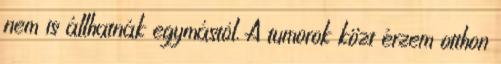
nem is állhatnák egymástól. A tumorok közt érzem otthon